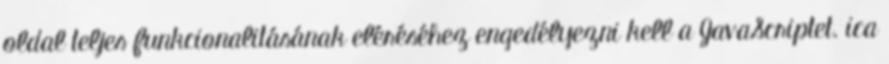
oldal teljes funkcionalitásának eléréséhez engedélyezni kell a JavaScriptet. ica